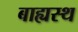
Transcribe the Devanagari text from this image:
बाह्यस्थ